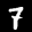
Label: 7